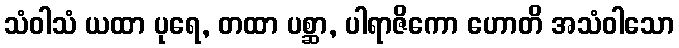
သံဝါသံ ယထာ ပုရေ, တထာ ပစ္ဆာ, ပါရာဇိကော ဟောတိ အသံဝါသော